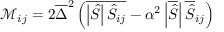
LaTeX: { \mathcal { M } } _ { i j } = 2 { \overline { { \Delta } } } ^ { 2 } \left( { \overline { { \left| { \hat { S } } \right| { \hat { S } } _ { i j } } } } - \alpha ^ { 2 } \left| { \overline { { \hat { S } } } } \right| { \overline { { \hat { S } } } } _ { i j } \right)